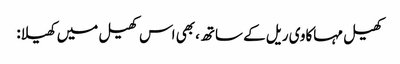
کھیل مہاکاوی ریل کے ساتھ، بھی اس کھیل میں کھیلا: